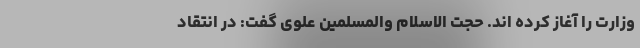
وزارت را آغاز کرده اند. حجت الاسلام والمسلمین علوی گفت: در انتقاد